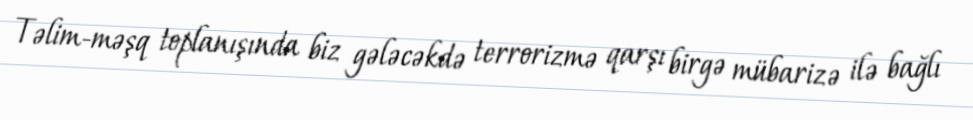
Təlim-məşq toplanışında biz gələcəkdə terrorizmə qarşı birgə mübarizə ilə bağlı